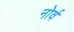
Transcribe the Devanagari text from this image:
नोर्व